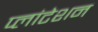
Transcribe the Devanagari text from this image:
प्लांटेशन